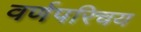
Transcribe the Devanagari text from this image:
वर्णपरिचय